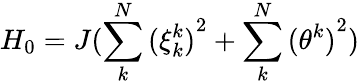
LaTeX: {{H}_{0}}=J(\sum_{k}^{N}{{{(\xi_{k}^{k})}^{2}}}+\sum_{k}^{N}{{{(\theta_{{}}^{k})}^{2}})}